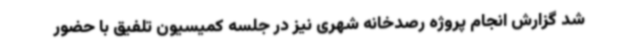
شد گزارش انجام پروژه رصدخانه شهری نیز در جلسه کمیسیون تلفیق با حضور